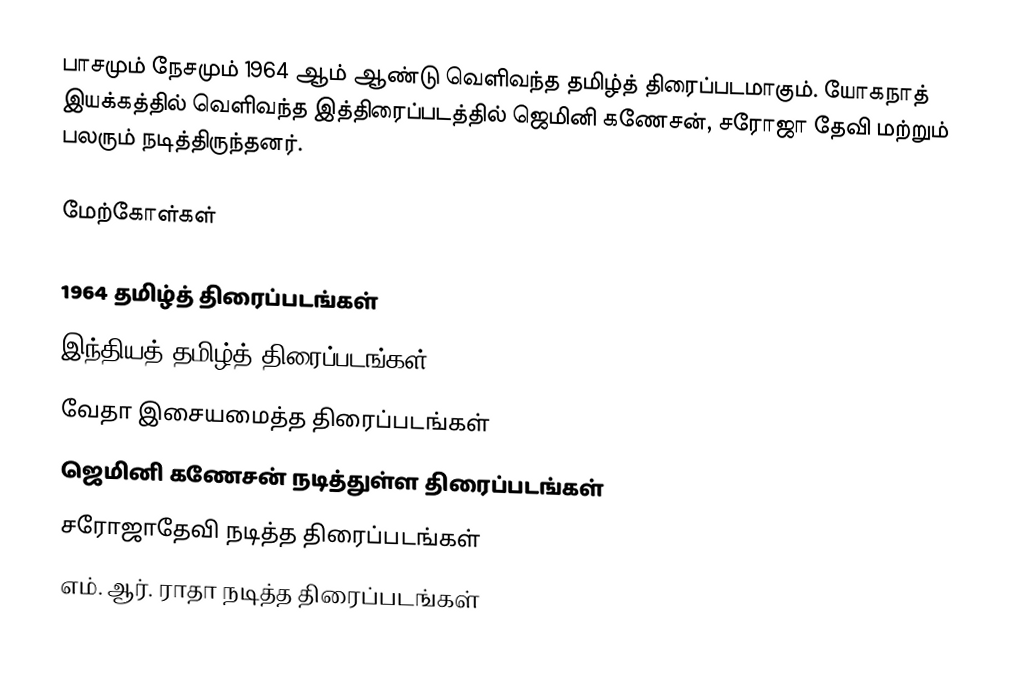
பாசமும் நேசமும் 1964 ஆம் ஆண்டு வெளிவந்த தமிழ்த் திரைப்படமாகும். யோகநாத் இயக்கத்தில் வெளிவந்த இத்திரைப்படத்தில் ஜெமினி கணேசன், சரோஜா தேவி மற்றும் பலரும் நடித்திருந்தனர்.

மேற்கோள்கள்

1964 தமிழ்த் திரைப்படங்கள்
இந்தியத் தமிழ்த் திரைப்படங்கள்
வேதா இசையமைத்த திரைப்படங்கள்
ஜெமினி கணேசன் நடித்துள்ள திரைப்படங்கள்
சரோஜாதேவி நடித்த திரைப்படங்கள்
எம். ஆர். ராதா நடித்த திரைப்படங்கள்